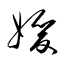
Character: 媛